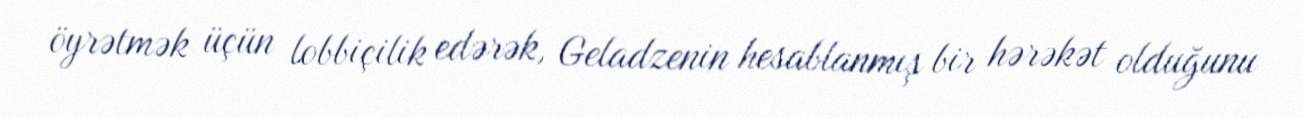
öyrətmək üçün lobbiçilik edərək, Geladzenin hesablanmış bir hərəkət olduğunu